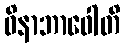
ဝိနာဘာဝေါတိ